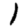
Digit: 1